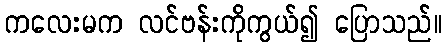
ကလေးမက လင်ဗန်းကိုကွယ်၍ ပြောသည်။